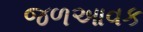
જળઆવક